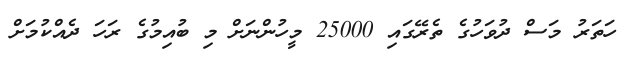
ހަތަރު މަސް ދުވަހުގެ ތެރޭގައި 25000 މީހުންނަށް މި ބުއިމުގެ ރަހަ ދެއްކުމަށް